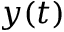
y ( t )